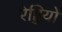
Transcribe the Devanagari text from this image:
रेड्डियों